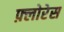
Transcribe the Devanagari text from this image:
फ़्लोरेस